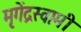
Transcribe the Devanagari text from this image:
मृगेंद्रस्वामी